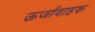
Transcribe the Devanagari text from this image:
ऊर्जावाहक